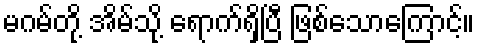
မဂမ်တို့ အိမ်သို့ ရောက်ရှိပြီ ဖြစ်သောကြောင့်။